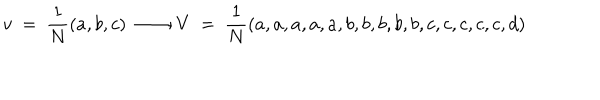
LaTeX: v \ = \ { \frac { 1 } { N } } ( a , b , c ) \ \longrightarrow \ V \ = \ { \frac { 1 } { N } } ( a , a , a , a , a , b , b , b , b , b , c , c , c , c , c , d )